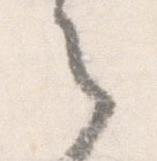
之